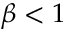
\beta < 1